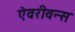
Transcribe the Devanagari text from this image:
ऐवरीवन्स